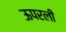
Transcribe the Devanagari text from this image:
ऊपरली